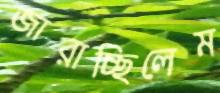
জারাচ্ছিলেম